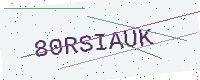
Text: 80RSIAUK